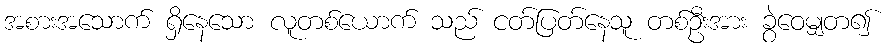
အစားအသောက် ရှိနေသော လူတစ်ယောက် သည် ငတ်ပြတ်နေသူ တစ်ဦးအား ခွဲဝေမျှတ၍